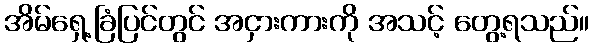
အိမ်ရှေ့ခြံပြင်တွင် အငှားကားကို အသင့် တွေ့ရသည်။